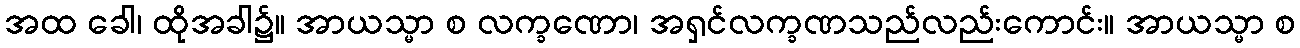
အထ ခေါ၊ ထိုအခါ၌။ အာယသ္မာ စ လက္ခဏော၊ အရှင်လက္ခဏသည်လည်းကောင်း။ အာယသ္မာ စ